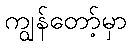
ကျွန်တော့်မှာ